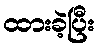
ထားခဲ့ပြီး